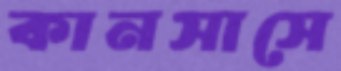
কানসাসে